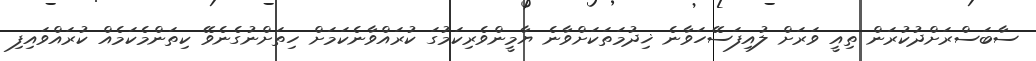
ސާބަސްރަށްދުކުރަން ތިއީ ވަރަށް ލުއިފަސޭހަވާނެ ޚިދުމަތަކަށްވާނެ ޔާމީންވެރިކަމުގަ ކުރައްވާނެކަމަށް ހިތަށްނުގެނެވޭ ކިތަންމެކަމެއް ކުރައްވައިފި